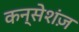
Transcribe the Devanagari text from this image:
कन्सेशंज़